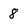
Character: 8